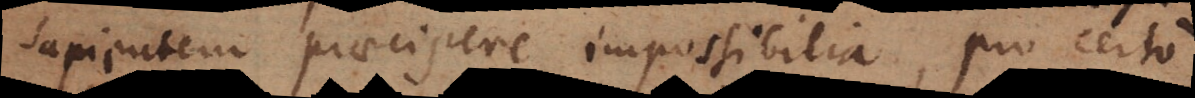
sapientem praecipere impossibilia, pro certo